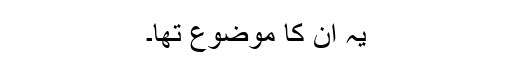
یہ ان کا موضوع تھا۔